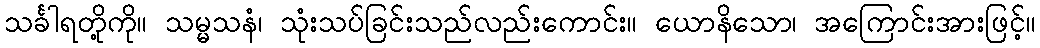
သင်္ခါရတို့ကို။ သမ္မသနံ၊ သုံးသပ်ခြင်းသည်လည်းကောင်း။ ယောနိသော၊ အကြောင်းအားဖြင့်။